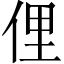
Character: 俚